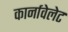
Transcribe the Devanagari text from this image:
कार्नावेलेट